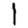
Digit: 1